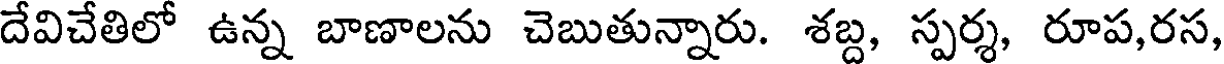
దేవిచేతిలో ఉన్న బాణాలను చెబుతున్నారు. శబ్ద, స్పర్శ, రూప,రస,